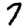
Digit: 7